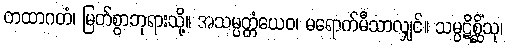
တထာဂတံ၊ မြတ်စွာဘုရားသို့။ အသမ္ပတ္တံယေဝ၊ မရောက်မီသာလျှင်။ သမ္ပဋိစ္ဆိံသု၊